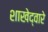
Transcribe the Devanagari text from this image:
शाखेद्वारे